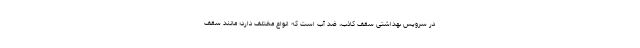
در سرویس بهداشتی سقف کاذب، ضد آب است که انواع مختلف دارد؛ مانند سقف